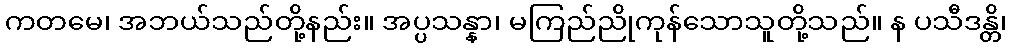
ကတမေ၊ အဘယ်သည်တို့နည်း။ အပ္ပသန္နာ၊ မကြည်ညိုကုန်သောသူတို့သည်။ န ပသီဒန္တိ၊